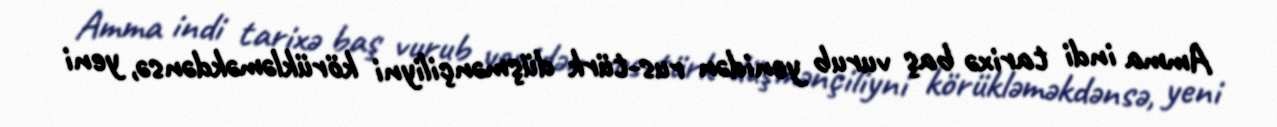
Amma indi tarixə baş vurub yenidən rus-türk düşmənçiliyni körükləməkdənsə, yeni